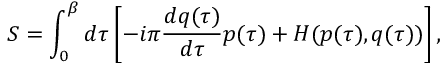
S = \int _ { 0 } ^ { \beta } d \tau \left[ - i \pi \frac { d q ( \tau ) } { d \tau } p ( \tau ) + H ( p ( \tau ) , q ( \tau ) ) \right] ,